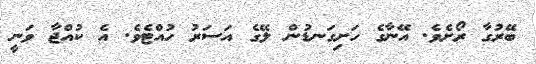
ބޭރުގާ ރޯށެވެ. އޭނާގެ ހަށިގަނޑުން ލޭގެ އަސަރު ހުއްޓެވެ. އެ ކުއްޖާ ވަނީ